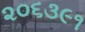
૨૦૬૩૯૧